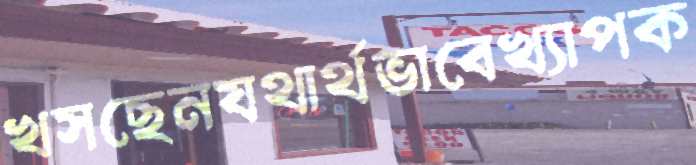
খসছেনযথার্থভাবেখ্যাপক